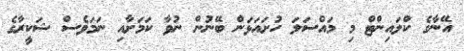
އޭނާގެ ކްލައިންޓް މި މައްސަލަ ހުށައަޅަން ބޭނުން ނުވާ ކަމަށާއި ނަމަވެސް ޝަކީރާގެ